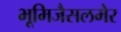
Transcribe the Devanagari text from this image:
भूमिजैसलमेर